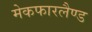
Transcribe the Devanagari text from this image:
मेकफारलैण्ड